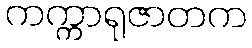
ကက္ကာရုဇာတက